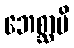
ဘေစ္ဆာမိ